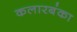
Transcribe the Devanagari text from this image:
कलारबंका